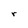
Character: r